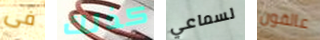
فى كذلك لسماعي عالقون